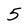
Character: 5